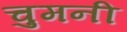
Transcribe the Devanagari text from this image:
चुमनी